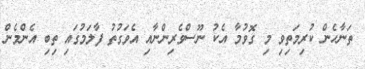
ތަނާހެން ކުރިމަތިވި މި ގޮވުމާ އެކު ނޫސްވެރިންނާއި އެވަގުތު ފާލަމުގައި ތިބި އެންމެން